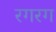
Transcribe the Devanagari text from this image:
रगरग